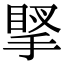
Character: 𢯲